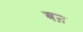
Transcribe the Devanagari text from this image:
बऩ